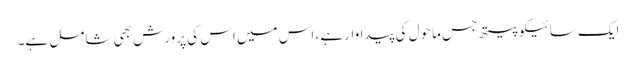
ایک سائیکوپیتھ جس ماحول کی پیداوار ہے، اس میں اس کی پرورش بھی شامل ہے۔